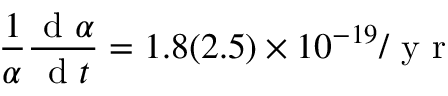
\frac { 1 } { \alpha } \frac { \textrm { d } \alpha } { \textrm { d } t } = 1 . 8 ( 2 . 5 ) \times 1 0 ^ { - 1 9 } / \textrm { y r }